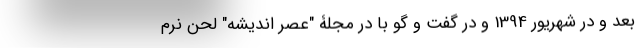
بعد و در شهریور 1394 و در گفت و گو با در مجلۀ "عصر اندیشه" لحن نرم